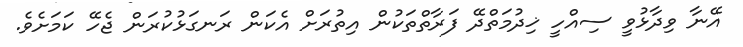
އޭނާ ވިދާޅުވީ ސިއްހީ ޚިދުމަތްދޭ ފަރާތްތަކުން އިތުރަށް އެކަން ރަނގަޅުކުރަން ޖެހޭ ކަމަށެވެ.